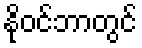
နိုဝင်ဘာတွင်